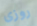
روزى